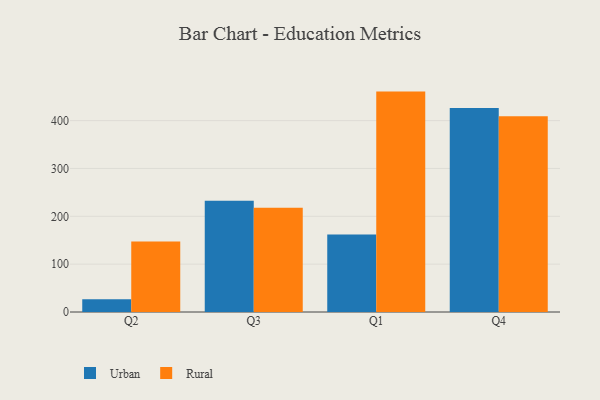
{"axis": {"x": "Quarter", "y": "Satisfaction Score"}, "legend": ["Rural", "Urban"], "data": [{"x": "Q2", "y": 26.6, "type": "Urban"}, {"x": "Q2", "y": 147.5, "type": "Rural"}, {"x": "Q3", "y": 232.4, "type": "Urban"}, {"x": "Q3", "y": 218.0, "type": "Rural"}, {"x": "Q1", "y": 162.1, "type": "Urban"}, {"x": "Q1", "y": 460.6, "type": "Rural"}, {"x": "Q4", "y": 426.5, "type": "Urban"}, {"x": "Q4", "y": 409.0, "type": "Rural"}]}